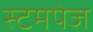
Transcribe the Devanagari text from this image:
स्टमपेज